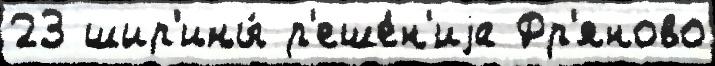
23 шир'ины́ р'еше́н'иjа Фр'яново